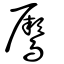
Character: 鷢